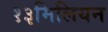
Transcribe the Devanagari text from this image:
१३मिलियन